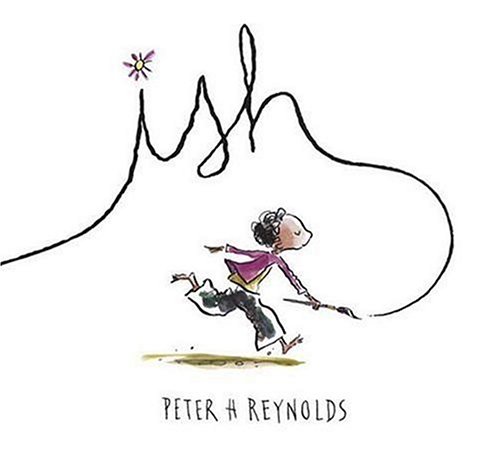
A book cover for Ish (Creatrilogy); Peter H. Reynolds; Children's Books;